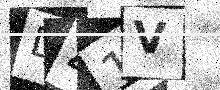
Text: D41V